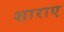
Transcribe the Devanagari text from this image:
शाराए